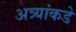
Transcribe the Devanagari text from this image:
अत्र्यांकडे